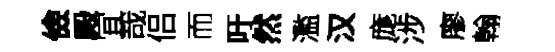
儉殿冝哉侣而吁然濫汉庬涉廖翰